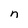
Character: n